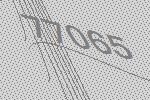
77065